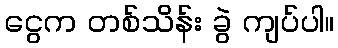
ငွေက တစ်သိန်း ခွဲ ကျပ်ပါ။